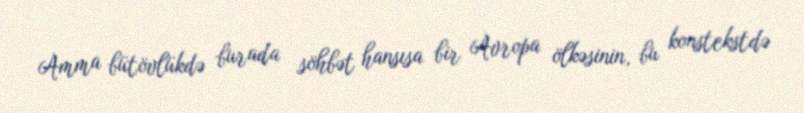
Amma bütövlükdə burada söhbət hansısa bir Avropa ölkəsinin, bu konstekstdə